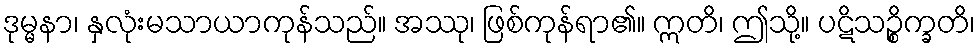
ဒုမ္မနာ၊ နှလုံးမသာယာကုန်သည်။ အဿု၊ ဖြစ်ကုန်ရာ၏။ ဣတိ၊ ဤသို့။ ပဋိသဉ္စိက္ခတိ၊